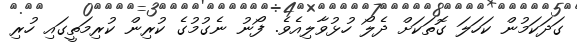
ގަދަކަމުން ކަހަލަ ގޮތަކަށް ދެލޯ ހުޅުވާލިއެވެ. ފޯނު ނެގުމުގެ ކުރިން ކުރިމަތީގައި ހުރި